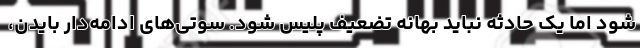
شود اما یک حادثه نباید بهانه تضعیف پلیس شود. سوتی‌های ادامه‌دار بایدن،